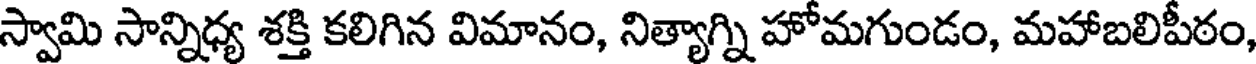
స్వామి సాన్నిధ్య శక్తి కలిగిన విమానం, నిత్యాగ్ని హోమగుండం, మహాబలిపీఠం,